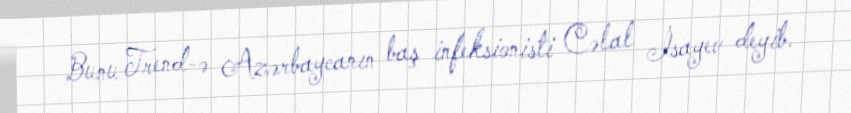
Bunu Trend-ə Azərbaycanın baş infeksionisti Cəlal İsayev deyib.